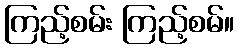
ကြည့်စမ်း ကြည့်စမ်။